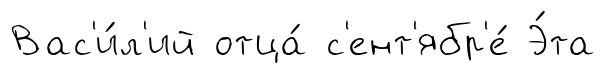
Вас'и́л'ий отца́ с'ент'ябр'е́ Э́та